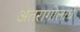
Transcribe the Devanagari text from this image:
अंतरागोलार्ध